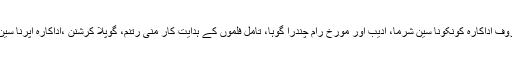
ان مشہور شخصیات میں معروف اداکارہ کونکونا سین شرما، ادیب اور مورخ رام چندرا گوہا، تامل فلموں کے ہدایت کار منی رتنم، گوپلا کرشنن ،اداکارہ اپرنا سین سمیت دیگر افراد شامل ہیں۔